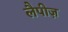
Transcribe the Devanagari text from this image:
लैपीज़